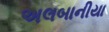
અલબાનીયા